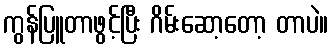
ကွန်ပြူတာဖွင့်ပြီး ဂိမ်းဆော့တော့ တာပဲ။